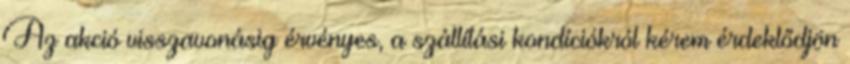
Az akció visszavonásig érvényes, a szállítási kondíciókról kérem érdeklődjön